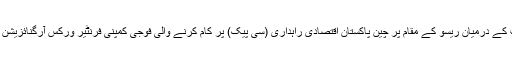
20 اکتوبر کہا کہ بدھ کے روز کیچ کے علاقے بالگتر سہاکی اور ہوشاب کے درمیان ریسو کے مقام پر چین پاکستان اقتصادی راہداری (سی پیک) پر کام کرنے والی فوجی کمپنی فرنٹیر ورکس آرگنائزیشن (ایف ڈبلیواو) پر حملہ کیا، جس میں دو اہلکار ہلاک اور کئی زخمی ہوئے۔